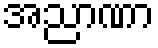
အညာဏာ